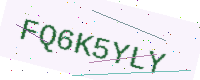
Text: FQ6K5YLY